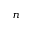
n